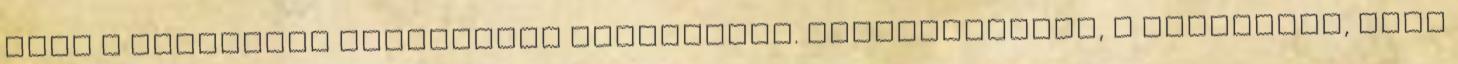
majd a krijákkal foglalkozó fejezetben. Összefoglalva, a kérdéshez, hogy